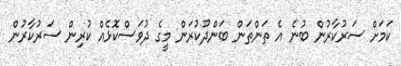
ކަމަށް ސަރުކާރުން ބުނެ އެ ތަންތަން ބަންދުކުރަން މީގެ ދުވަސްކޮޅެއް ކުރިން ސަރުކާރުން